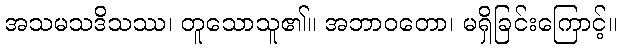
အသမသဒိသဿ၊ တူသောသူ၏။ အဘာဝတော၊ မရှိခြင်းကြောင့်။